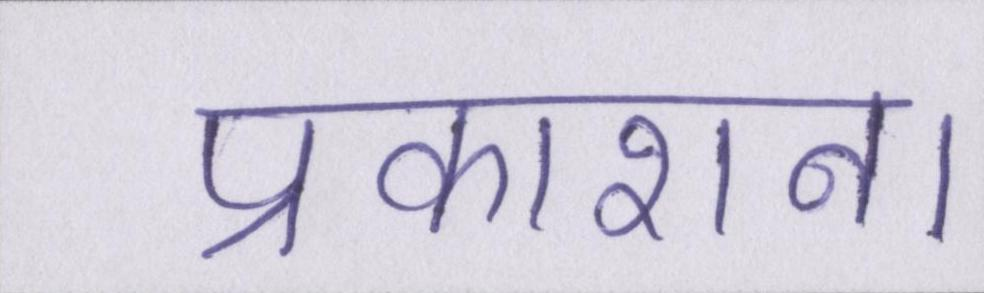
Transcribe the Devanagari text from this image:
प्रकाशन।